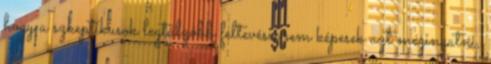
hogy a szkeptikusok legtúlzóbb feltevései sem képesek azt megingatni,